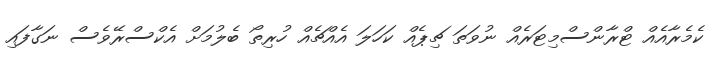
ކެމެރާއެއް ޓްރާންސްމިޓަރެއް ނުވަތަ ޗިޕެއް ކަހަލަ އެއްޗެއް ހުރިތޯ ބެލުމަށް އެކްސްރޭވެސް ނަގާފައި